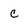
Character: c